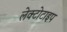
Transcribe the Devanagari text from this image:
लेक्टोटाइप